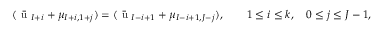
( \bar { \mathrm { ~ u ~ } } _ { I + i } + \mu _ { I + i , 1 + j } ) = ( \bar { \mathrm { ~ u ~ } } _ { I - i + 1 } + \mu _ { I - i + 1 , J - j } ) , \qquad 1 \leq i \leq k , \quad 0 \leq j \leq J - 1 ,